Report of the Indian Hemp Drugs Commission, 1894-1895 - Volume V
Year: 1894
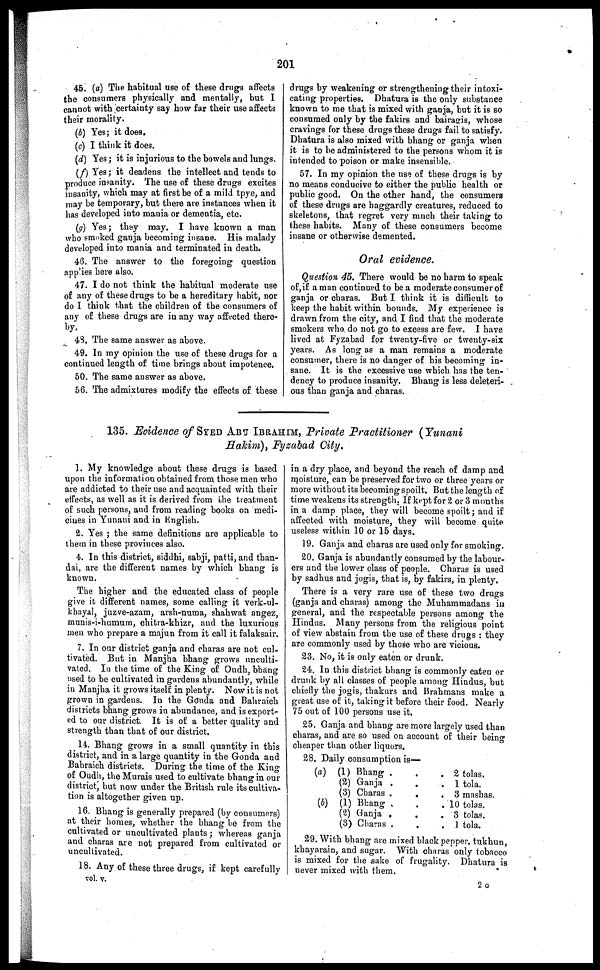
201
45. (a) The habitual use of these drugs affects
the consumers physically and mentally, but I
cannot with certainty say how far their use affects
their morality.
(b) Yes ; it does.
(c) I think it does.
(d) Yes; it is injurious to the bowels and lungs.
(f) Yes ; it deadens the intellect and tends to
produce insanity. The use of these drugs excites
insanity, which may at first be of a mild tpye, and
may be temporary, but there are instances when it
has developed into mania or dementia, etc.
(g) Yes ; they may. I have known a man
who smoked ganja becoming insane. His malady
developed into mania and terminated in death.
46. The answer to the foregoing question
applies here also.
47. I do not think the habitual moderate use
of any of these drugs to be a hereditary habit, nor
do I think that the children of the consumers of
any of these drugs are in any way affected there-
43. The same answer as above.
49. In my opinion the use of these drugs for a
continued length of time brings about impotence.
50. The same answer as above.
56. The admixtures modify the effects of these
drugs by weakening or strengthening their intoxi-
cating properties. Dhatura is the only substance
known to me that is mixed with ganja, but it is so
consumed only by the fakirs and bairagis, whose
cravings for these drugs these drugs fail to satisfy.
Dhatura is also mixed with bhang or ganja when
it is to be administered to the persons whom it is
intended to poison or make insensible.
57. In my opinion the use of these drugs is by
no means conducive to either the public health or
public good. On the other hand, the consumers
of these drugs are haggardly creatures, reduced to
skeletons, that regret very much their taking to
these habits. Many of these consumers become
insane or otherwise demented.
Oral evidence.
Question 45. There would be no harm to speak
of, if a man continued to be a moderate consumer of
ganja or charas. But I think it is difficult to
keep the habit within bounds. My experience is
drawn from the city, and I find that the moderate
smokers who do not go to excess are few. I have
lived at Fyzabad for twenty-five or twenty-six
years. As long as a man remains a moderate
consumer, there is no danger of his becoming in-
sane. It is the excessive use which has the ten-
dency to produce insanity. Bhang is less deleteri-
ous than ganja and charas.
135. Evidence of SYED ABU IBRAHIM , Private Practitioner (Yunani
Hakim), Fyzabad City.
1. My knowledge about these drugs is based
upon the information obtained from those men who
are addicted to their use and acquainted with their
effects, as well as it is derived from the treatment
of such persons, and from reading books on medi-
cines in Yunani and in English.
2. Yes ; the same definitions are applicable to
them in these provinces also.
4. In this district, siddhi, sabji, patti, and than-
dai, are the different names by which bhang is
known,
The higher and the educated class of people
give it different names, some calling it verk-ul-
khayal, juzve-azam, arsh-numa, shahwat angez,
munis-i-humum, chitra-khizr, and the luxurious
men who prepare a majun from it call it falaksair.
7. In our district ganja and charas are not cul-
tivated. But in Manjha bhang grows unculti-
vated. In the time of the King of Oudh, bhang
used to be cultivated in gardens abundantly, while
in Manjha it grows itself in plenty. Now it is not
grown in gardens. In the Gonda and Bahraich
districts bhang grows in abundance, and is export-
ed to our district. It is of a better quality and
strength than that of our district.
14. Bhang grows in a small quantity in this
district, and in a large quantity in the Gonda and
Bahraich districts. During the time of the King
of Oudh, the Murais used to cultivate bhang in our
district, but now under the British rule its cultiva-
tion is altogether given up.
16. Bhang is generally prepared (by consumers)
at their homes, whether the bhang be from the
cultivated or uncultivated plants ; whereas ganja
and charas are not prepared from cultivated or
uncultivated.
18. Any of these three drugs, if kept carefully
in a dry place, and beyond the reach of damp and
moisture, can be preserved for two or three years or
more without its becoming spoilt. But the length of
time weakens its strength. If kept for 2 or 3 months
in a damp place, they will become spoilt ; and if
affected with moisture, they will become quite
useless within 10 or 15 days.
19. Ganja and charas are used only for smoking.
20. Ganja is abundantly consumed by the labour-
ers and the lower class of people. Charas is used
by sadhus and jogis, that is, by fakirs, in plenty.
There is a very rare use of these two drugs
(ganja and charas) among the Muhammadans in
general, and the respectable persons among the
Hindus. Many persons from the religious point
of view abstain from the use of these drugs : they
are commonly used by those who are vicious.
23. No, it is only eaten or drunk.
24. In this district bhang is commonly eaten or
drunk by all classes of people among Hindus, but
chiefly the jogis, thakurs and Brahmans make a
great use of it, taking it before their food. Nearly
75 out of 100 persons use it.
25. Ganja and bhang are more largely used than
charas, and are so used on account of their being
cheaper than other liquors,
28. Daily consumption is—
(a)
(b)
(1) Bhang
(2) Ganja
(3) Charas
(1) Bhang
(2) Ganja
(3) Charas
.
.
.
.
.
.
.
.
.
.
.
.
.
.
.
.
.
.
2 tolas.
1 tola.
3 mashas.
10 tolas.
3 tolas.
1 tola.
29. With bhang are mixed black pepper, tukhun,
khayarain, and sugar. With charas only tobacco
is mixed for the sake of frugality. Dhatura is
never mixed with them.
vol. v.
2G